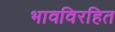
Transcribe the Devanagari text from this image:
भावविरहित